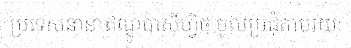
ប្រទេសនានាឥណ្ឌូប៉ាស៊ីហ្វិច ចូលប្រជុំតាមរយៈ